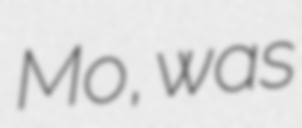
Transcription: Mo, was